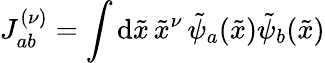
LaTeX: J_{ab}^{(\nu)}=\int\mathrm{d}\tilde{x}\, \tilde{x}^{\nu}\, \tilde{\psi}_{a}(\tilde{x})\tilde{\psi}_{b}(\tilde{x})